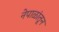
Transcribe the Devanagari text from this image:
नेपाळांतून